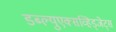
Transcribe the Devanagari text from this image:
डब्ल्युएक्सव्हिड्जेट्स